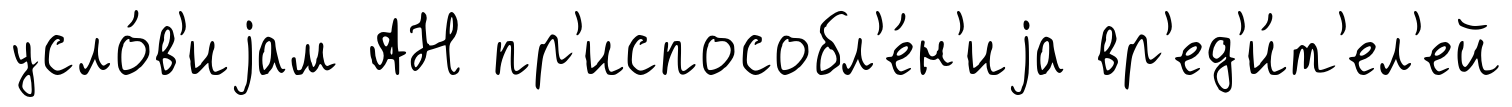
усло́в'иjам АН пр'испособл'е́н'иjа вр'ед'и́т'ел'ей